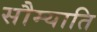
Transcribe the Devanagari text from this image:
सौम्याति